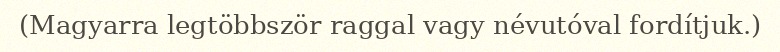
(Magyarra legtöbbször raggal vagy névutóval fordítjuk.)